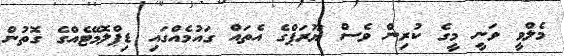
މެލްވީ ވަނީ މީގެ ކުރިން ވެސް ޔޫރަޕްގެ އެތައް ގައުމެއްގައި ޑިޕްލޮމޭޓެއްގެ ގޮތުން